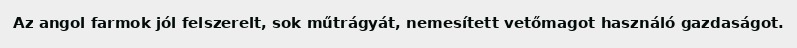
Az angol farmok jól felszerelt, sok műtrágyát, nemesített vetőmagot használó gazdaságot.